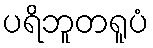
ပရိဘူတရူပံ